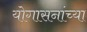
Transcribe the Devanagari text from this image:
योगासनांच्या